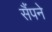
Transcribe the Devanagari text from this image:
सैंपने